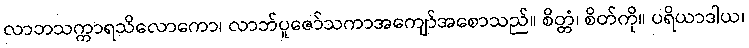
လာဘသက္ကာရသိလောကော၊ လာဘ်ပူဇော်သကာအကျော်အစောသည်။ စိတ္တံ၊ စိတ်ကို။ ပရိယာဒါယ၊